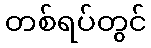
တစ်ရပ်တွင်